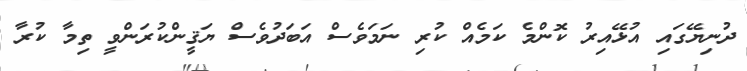
ދުނިޔޭގައި އުޅޭއިރު ކޮންމެ ކަމެއް ކުރި ނަމަވެސް އަބަދުވެސް ޔަޤީންކުރަންވީ ތިމާ ކުރާ